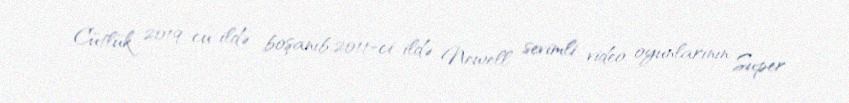
Cütlük 2019-cu ildə boşanıb.2011-ci ildə Newell sevimli video oyunlarının Super